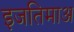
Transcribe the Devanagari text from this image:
इजतिमाअ